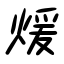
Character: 煖